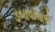
ડબાવાલાએ